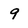
Character: 9